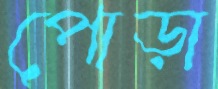
পোড়া